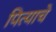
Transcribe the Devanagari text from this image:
पित्‍याचे